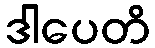
ဒါပေတိ